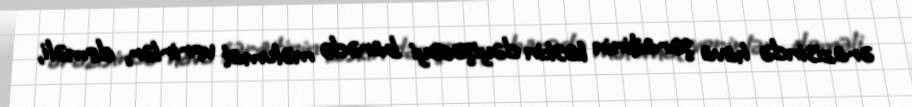
ərazisində hava şəraitinin kəskin dəyişəcəyi barədə məlumat verirlər, deməli,